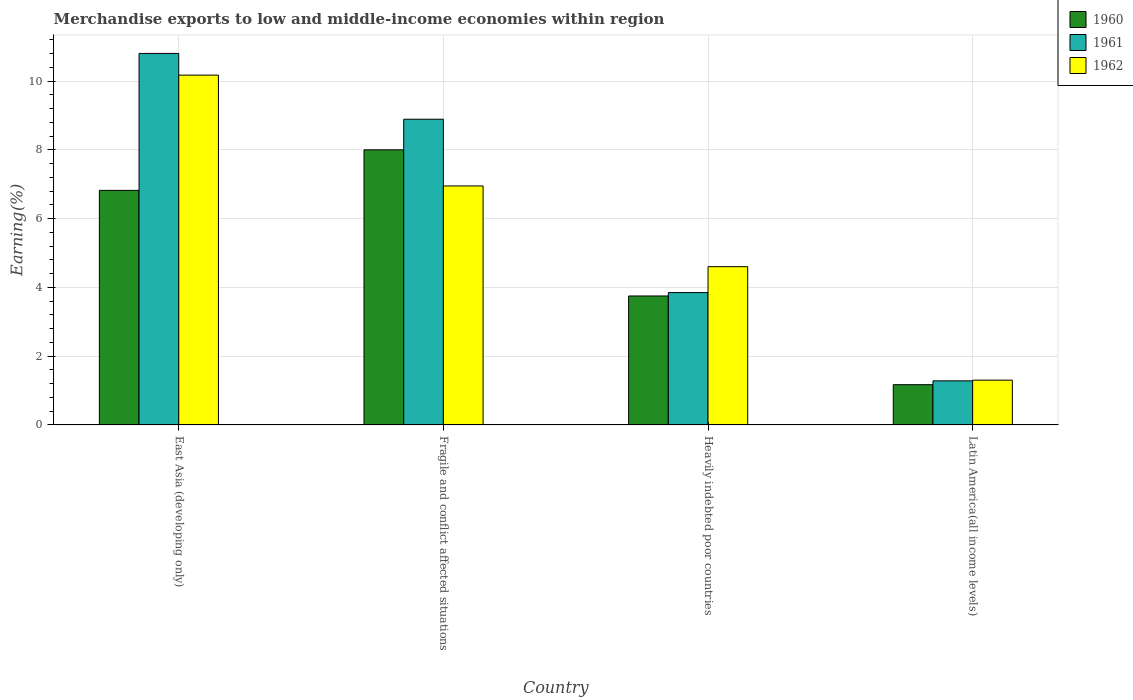
| Country | 1960 | 1961 | 1962 |
 | --- | --- | --- | --- |
 | East Asia (developing only) | 6.82 | 10.8 | 10.2 |
 | Fragile and conflict affected situations | 8 | 8.89 | 6.95 |
 | Heavily indebted poor countries | 3.75 | 3.85 | 4.6 |
 | Latin America(all income levels) | 1.17 | 1.28 | 1.3 |